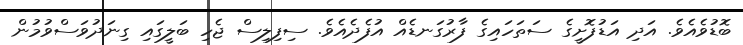
ބޮޑުވެއެވެ. އަދި އަޑުފޮށީގެ ސަތަހައިގެ ފާރުގަނޑެއް އުފެދެއެވެ. ސިފިލިސް ޖެހި ބަލީގައި ގިނަދުވަސްވުމުން